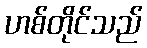
ဟစ်တိုင်သည်